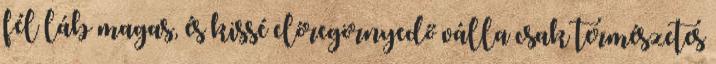
fél láb magas, és kissé előregörnyedő válla csak természetes